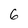
Character: 6